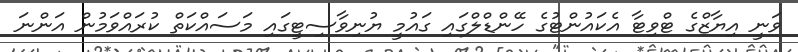
ވަނީ އިޔާޒްގެ ޓްވިޓާ އެކައުންޓުގެ ހޭންޑްލްގައި ގައުމީ ޔުނިވާސިޓީގައި މަސައްކަތް ކުރައްވަމުން އަންނަ